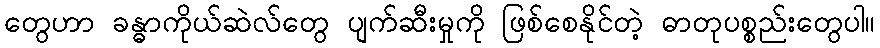
တွေဟာ ခန္ဓာကိုယ်ဆဲလ်တွေ ပျက်ဆီးမှုကို ဖြစ်စေနိုင်တဲ့ ဓာတုပစ္စည်းတွေပါ။